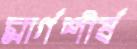
মার্গশীর্ষ